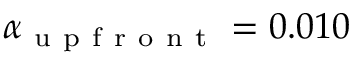
\alpha _ { \mathrm { ~ u ~ p ~ f ~ r ~ o ~ n ~ t ~ } } = 0 . 0 1 0